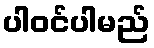
ပါဝင်ပါမည်